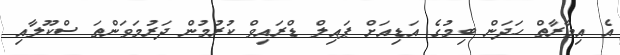
އެ އިމާރާތް ހަދަން ބިމުގެ އަޑިއަށް ޕައިލް ޑްރައިވް ކުރުމުން ދަރުމަވަންތަ ސްކޫލާއި